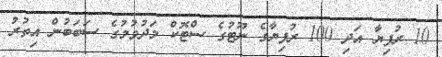
10 ރުފިޔާ އަދި 100 ރުފިޔާގެ ނޫޓުގެ ސްޓޮކް މަދުވުމުގެ ސަބަބުން އިތުރު